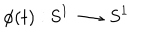
\phi ( t ) : \mathrm { S } ^ { 1 } \longrightarrow \mathrm { S } ^ { 1 }